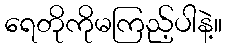
ရေတိုကိုမကြည့်ပါနဲ့။